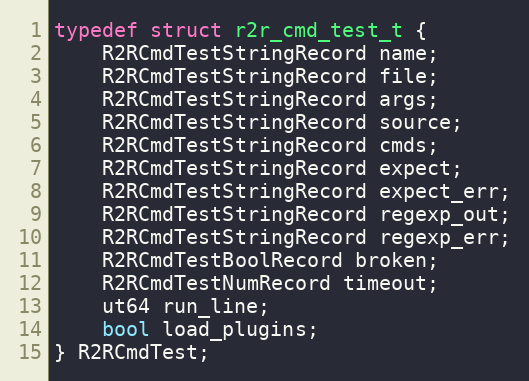
Language: C
typedef struct r2r_cmd_test_t {
	R2RCmdTestStringRecord name;
	R2RCmdTestStringRecord file;
	R2RCmdTestStringRecord args;
	R2RCmdTestStringRecord source;
	R2RCmdTestStringRecord cmds;
	R2RCmdTestStringRecord expect;
	R2RCmdTestStringRecord expect_err;
	R2RCmdTestStringRecord regexp_out;
	R2RCmdTestStringRecord regexp_err;
	R2RCmdTestBoolRecord broken;
	R2RCmdTestNumRecord timeout;
	ut64 run_line;
	bool load_plugins;
} R2RCmdTest;